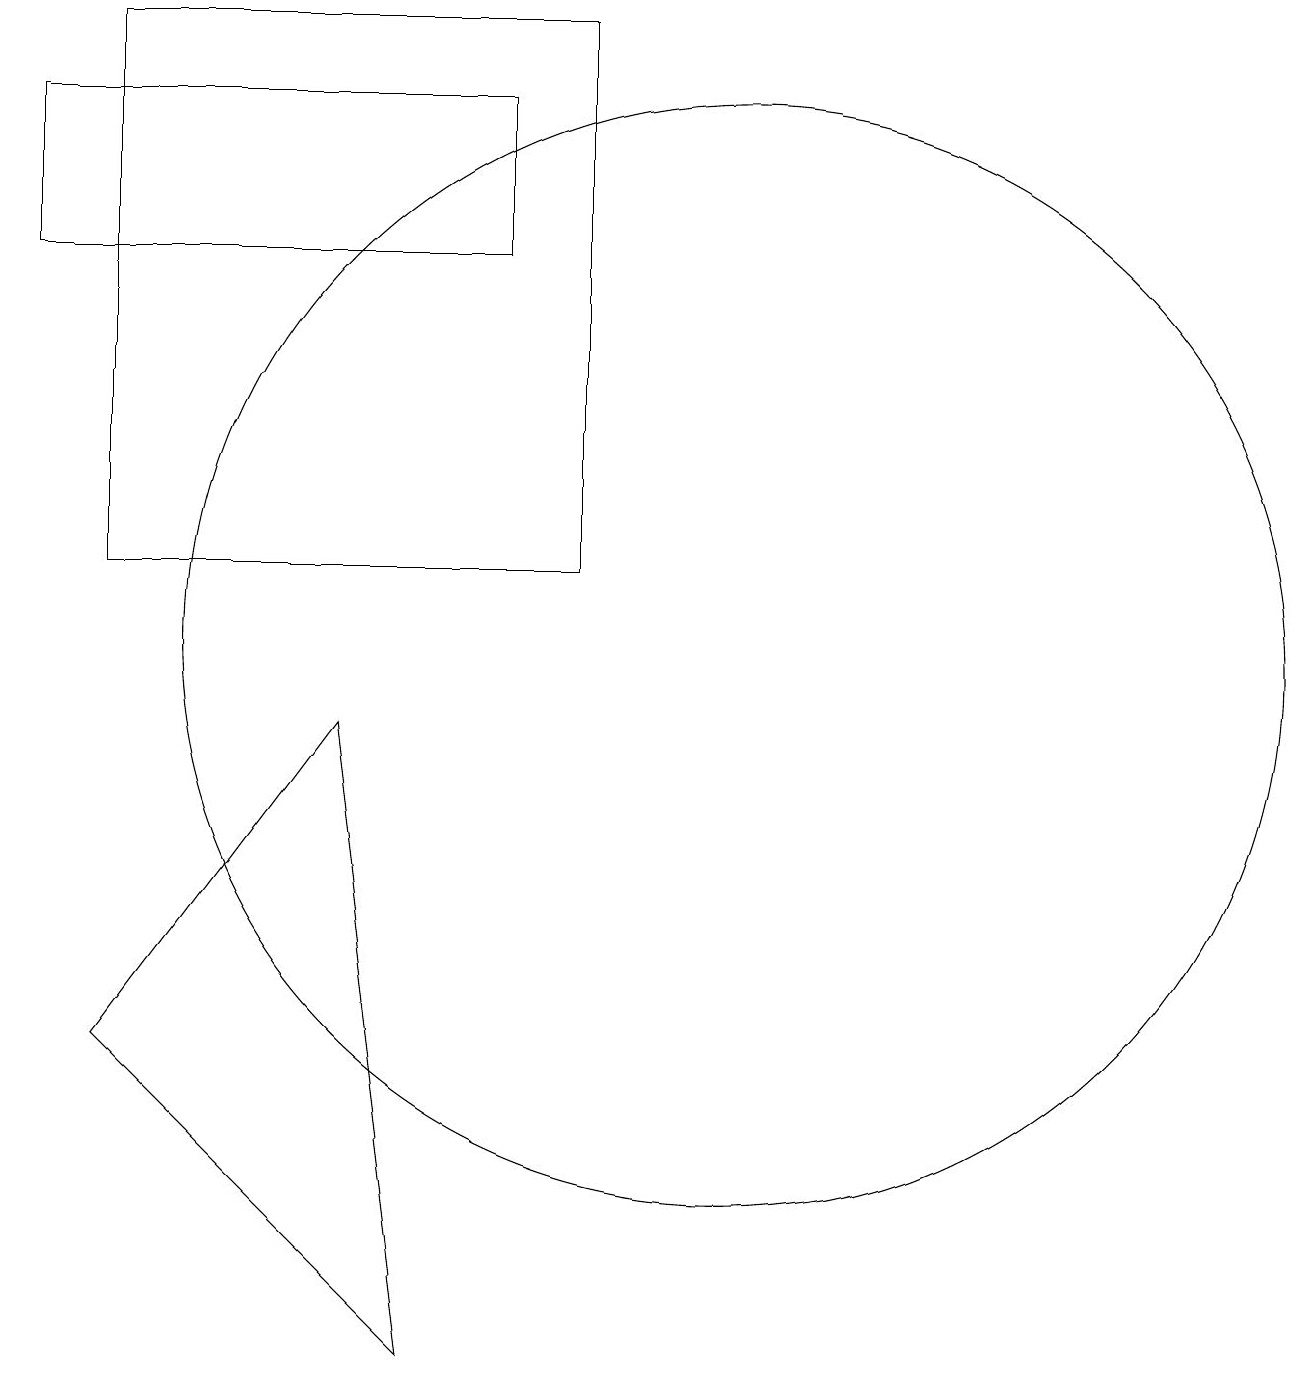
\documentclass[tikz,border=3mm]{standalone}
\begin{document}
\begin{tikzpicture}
\draw (12,11) circle (0);
\draw (1,17) rectangle (7,15);
\draw (1,15) rectangle (1,15);
\draw (10,10) circle (7);
\draw (2,11) rectangle (8,18);
\draw (2,5) -- (5,9) -- (6,1) -- cycle;
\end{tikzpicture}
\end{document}